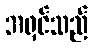
အရှင်သည်